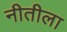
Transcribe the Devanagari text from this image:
नीतीला